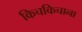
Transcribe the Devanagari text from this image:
किचकिचाना